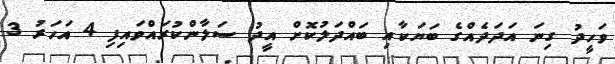
ވަހީދު ގިނަ އަދަދެއްގެ ބަޔަކާއި ބައްދަލުކޮށް އީދު ސަލާންކުރައްވައިފި 4 އަހަރު 3